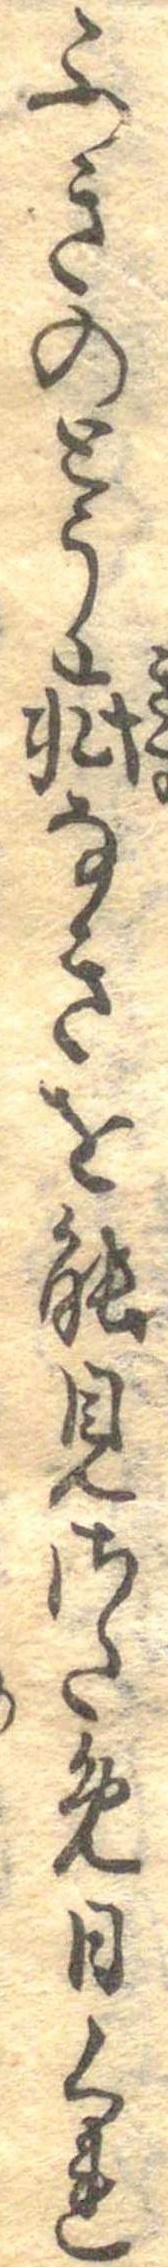
ふきのとう庇なきを能みさため日くれ